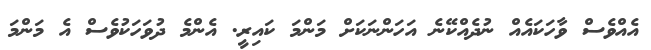
އެއްވެސް ވާހަކައެއް ނުދެއްކޭނެ އަހަންނަކަށް މަންމަ ކައިރީ. އެންމެ ދުވަހަކުވެސް އެ މަންމަ